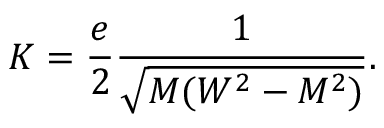
K = { \frac { e } { 2 } } { \frac { 1 } { \sqrt { M ( W ^ { 2 } - M ^ { 2 } ) } } } . \,